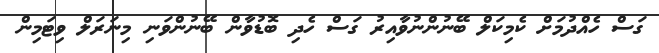
ގަސް ހެއްދުމަށް ކެމިކަލް ބޭނުންނުވާއިރު ގަސް ހެދި ބޮޑުވާން ބޭނުންވަނި މިނަރަލް ވިޓަމިން